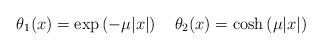
\begin{align*} \theta_1(x)=\exp\left(-\mu|x|\right) \quad\theta_2(x)=\cosh\left(\mu|x|\right)\end{align*}